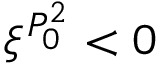
\xi ^ { P _ { 0 } ^ { 2 } } < 0